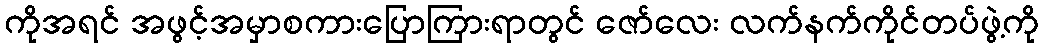
ကိုအရင် အဖွင့်အမှာစကားပြောကြားရာတွင် ဇော်လေး လက်နက်ကိုင်တပ်ဖွဲ့ကို